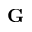
\textbf { G }